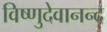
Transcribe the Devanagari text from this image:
विष्णुदेवानन्द